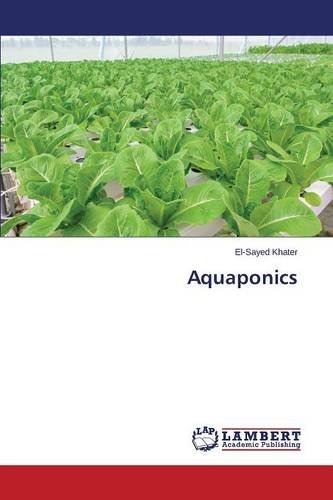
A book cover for Aquaponics; Khater El-Sayed; Science & Math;